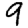
Digit: 9